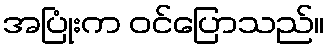
အပြုံးက ဝင်ပြောသည်။